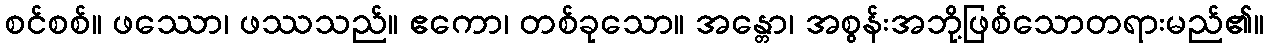
စင်စစ်။ ဖဿော၊ ဖဿသည်။ ဧကော၊ တစ်ခုသော။ အန္တော၊ အစွန်းအဘို့ဖြစ်သောတရားမည်၏။